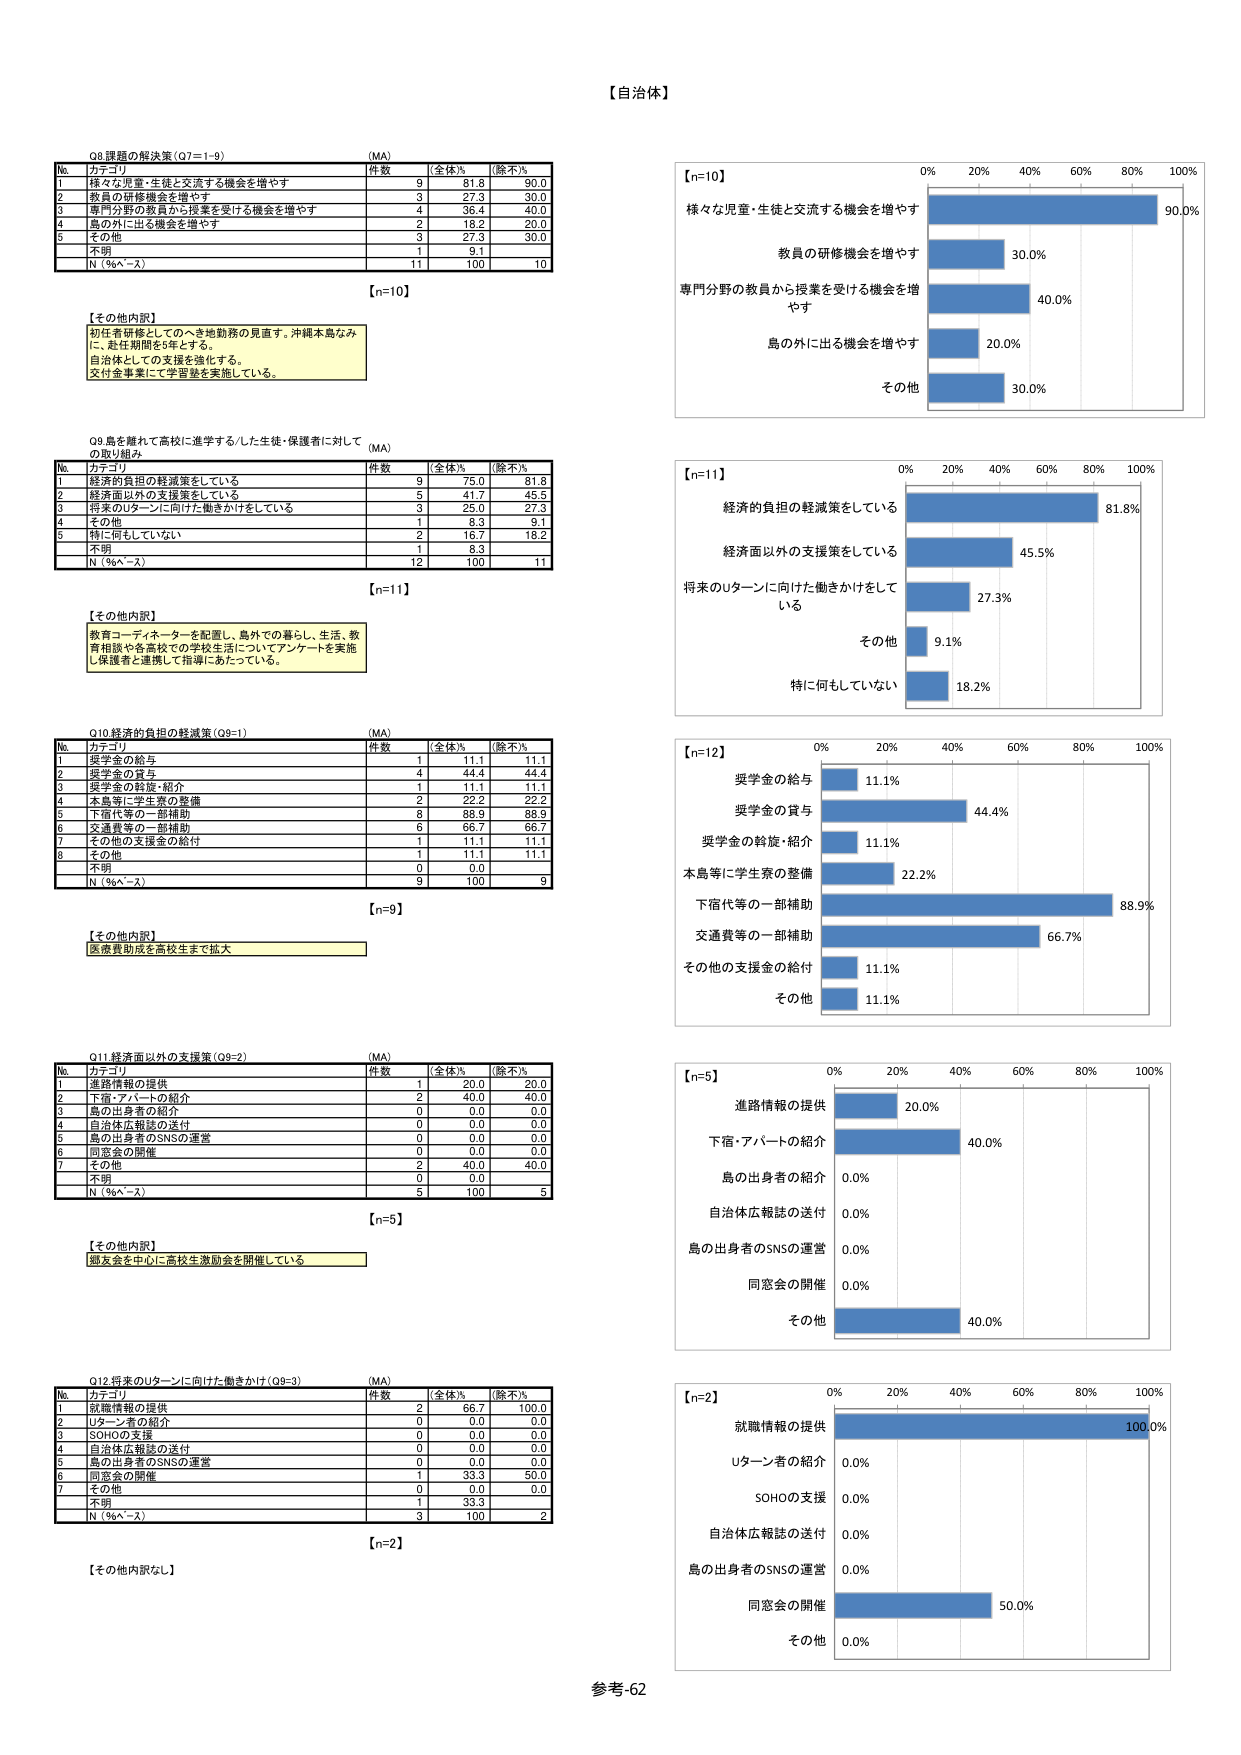
【自治体】

Q8 課題の解決策（Q7＝1-9） （MA）
No. カテゴリ 件数 全体% 除不%
1 様々な児童・生徒と交流する機会を増やす 9 81.8 90.0
2 教員の研修機会を増やす 3 27.3 30.0
3 専門分野の教員から授業を受ける機会を増やす 4 36.4 40.0
4 島の外に出る機会を増やす 2 18.2 20.0
5 その他 3 27.3 30.0
6 不明 1 9.1
N（％ベース） 11 100 10

【n=10】

【その他内訳】
初任者研修としてのへき地勤務の見直す。沖縄本島なみに、赴任期間を5年とする。
自治体としての支援を強化する。
交付金事業にて学習塾を実施している。

Q9 島を離れて高校に進学する/した生徒・保護者に対しての取り組み （MA）
No. カテゴリ 件数 全体% 除不%
1 経済的負担の軽減策をしている 9 75.0 81.8
2 経済面以外の支援策をしている 5 41.7 45.5
3 将来のUターンに向けた働きかけをしている 3 25.0 27.3
4 その他 1 8.3 9.1
5 特に何もしていない 2 16.7 18.2
6 不明 1 8.3
N（％ベース） 12 100 11

【n=11】

【その他内訳】
教育コーディネーターを配置し、島外での暮らし、生活、教育相談や各高校での学校生活についてアンケートを実施し保護者と連携して指導にあたっている。

Q10 経済的負担の軽減策（Q9-1） （MA）
No. カテゴリ 件数 全体% 除不%
1 奨学金の給与 1 11.1 11.1
2 奨学金の貸与 4 44.4 44.4
3 奨学金の斡旋・紹介 1 11.1 11.1
4 本島等に学生寮の整備 2 22.2 22.2
5 下宿代等の一部補助 8 88.9 88.9
6 交通費等の一部補助 6 66.7 66.7
7 その他の支援金の給付 1 11.1 11.1
8 その他 1 11.1 11.1
9 不明 0 0.0
N（％ベース） 9 100 9

【n=9】

【その他内訳】
医療費助成を高校生まで拡大

Q11 経済面以外の支援策（Q9-2） （MA）
No. カテゴリ 件数 全体% 除不%
1 進路情報の提供 1 20.0 20.0
2 下宿・アパートの紹介 2 40.0 40.0
3 島の出身者の紹介 0 0.0 0.0
4 自治体広報誌の送付 0 0.0 0.0
5 島の出身者のSNSの運営 0 0.0 0.0
6 同窓会の開催 0 0.0 0.0
7 その他 2 40.0 40.0
8 不明 0 0.0
N（％ベース） 5 100 5

【n=5】

【その他内訳】
郷友会を中心に高校生激励会を開催している

Q12 将来のUターンに向けた働きかけ（Q9-3） （MA）
No. カテゴリ 件数 全体% 除不%
1 就職情報の提供 2 66.7 100.0
2 Uターン者の紹介 0 0.0 0.0
3 SOHOの支援 0 0.0 0.0
4 自治体広報誌の送付 0 0.0 0.0
5 島の出身者のSNSの運営 0 0.0 0.0
6 同窓会の開催 1 33.3 50.0
7 その他 0 0.0 0.0
8 不明 1 33.3
N（％ベース） 3 100 2

【n=2】

【その他内訳なし】

【n=10】
0% 20% 40% 60% 80% 100%
様々な児童・生徒と交流する機会を増やす 90.0%
教員の研修機会を増やす 30.0%
専門分野の教員から授業を受ける機会を増やす 40.0%
島の外に出る機会を増やす 20.0%
その他 30.0%

【n=11】
0% 20% 40% 60% 80% 100%
経済的負担の軽減策をしている 81.8%
経済面以外の支援策をしている 45.5%
将来のUターンに向けた働きかけをしている 27.3%
その他 9.1%
特に何もしていない 18.2%

【n=12】
0% 20% 40% 60% 80% 100%
奨学金の給与 11.1%
奨学金の貸与 44.4%
奨学金の斡旋・紹介 11.1%
本島等に学生寮の整備 22.2%
下宿代等の一部補助 88.9%
交通費等の一部補助 66.7%
その他の支援金の給付 11.1%
その他 11.1%

【n=5】
0% 20% 40% 60% 80% 100%
進路情報の提供 20.0%
下宿・アパートの紹介 40.0%
島の出身者の紹介 0.0%
自治体広報誌の送付 0.0%
島の出身者のSNSの運営 0.0%
同窓会の開催 0.0%
その他 40.0%

【n=2】
0% 20% 40% 60% 80% 100%
就職情報の提供 100.0%
Uターン者の紹介 0.0%
SOHOの支援 0.0%
自治体広報誌の送付 0.0%
島の出身者のSNSの運営 0.0%
同窓会の開催 50.0%
その他 0.0%

参考-62